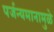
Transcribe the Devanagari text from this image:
पर्जन्यमानामुळे